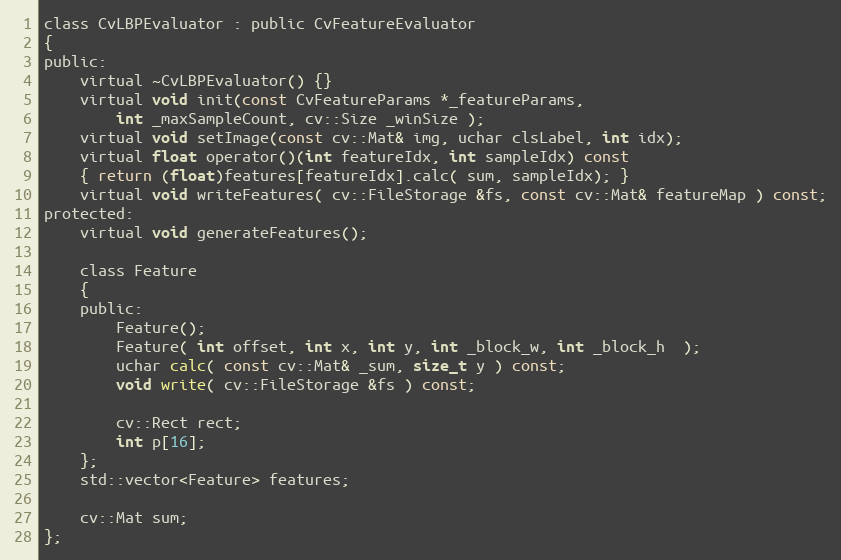
Language: C
class CvLBPEvaluator : public CvFeatureEvaluator
{
public:
    virtual ~CvLBPEvaluator() {}
    virtual void init(const CvFeatureParams *_featureParams,
        int _maxSampleCount, cv::Size _winSize );
    virtual void setImage(const cv::Mat& img, uchar clsLabel, int idx);
    virtual float operator()(int featureIdx, int sampleIdx) const
    { return (float)features[featureIdx].calc( sum, sampleIdx); }
    virtual void writeFeatures( cv::FileStorage &fs, const cv::Mat& featureMap ) const;
protected:
    virtual void generateFeatures();

    class Feature
    {
    public:
        Feature();
        Feature( int offset, int x, int y, int _block_w, int _block_h  );
        uchar calc( const cv::Mat& _sum, size_t y ) const;
        void write( cv::FileStorage &fs ) const;

        cv::Rect rect;
        int p[16];
    };
    std::vector<Feature> features;

    cv::Mat sum;
};